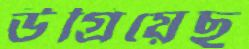
উগ্‌রিয়েছ